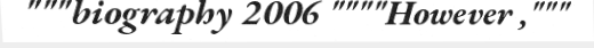
"""biography 2006 """"However ,"""